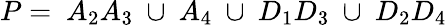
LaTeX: P=~A_{2}A_{3}~\cup~A_{4}~\cup~D_{1}D_{3}~\cup~D_{2}D_{4}